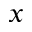
x